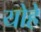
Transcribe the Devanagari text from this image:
योहे